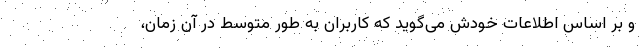
و بر اساس اطلاعات خودش می‌گوید که کاربران به طور متوسط در آن زمان،